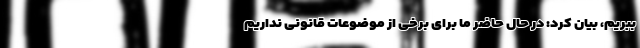
ببریم، بیان کرد: در حال حاضر ما برای برخی از موضوعات قانونی نداریم